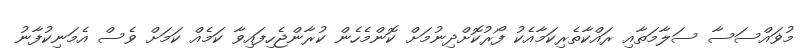
މުޥައްސަސާ ސަލާމަތާއި ރައްކާތެރިކަމާއެކު ފޯރުކޮށްދިނުމަށް ކޮންމެހެން ކުރާންޖެހިފައިވާ ކަމެއް ކަމަށް ވެސް އެމަނިކުފާނު